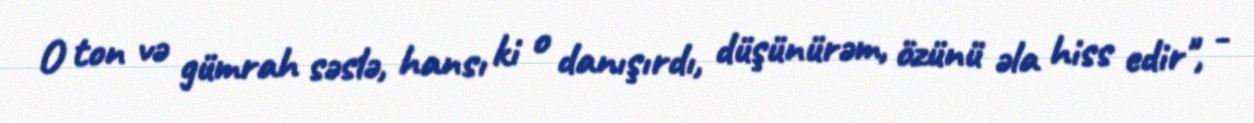
O ton və gümrah səslə, hansı ki o danışırdı, düşünürəm, özünü əla hiss edir", -